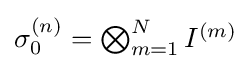
{\textstyle \sigma _{0}^{(n)}=\bigotimes _{m=1}^{N}I^{(m)}}